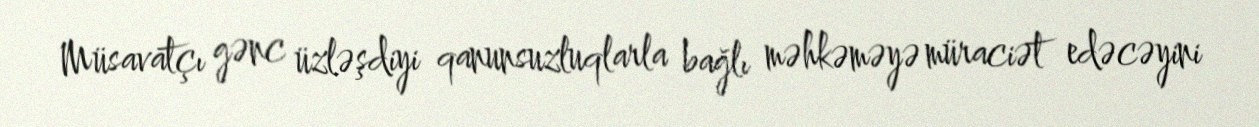
Müsavatçı gənc üzləşdiyi qanunsuzluqlarla bağlı məhkəməyə müraciət edəcəyini